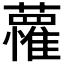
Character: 𮒭